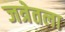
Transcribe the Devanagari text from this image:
जत्रेतला